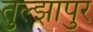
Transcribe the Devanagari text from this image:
तुल्झापुर